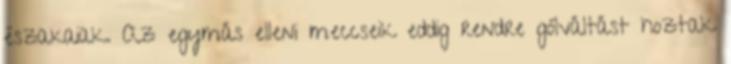
északaiak. Az egymás elleni meccseik eddig rendre gólváltást hoztak